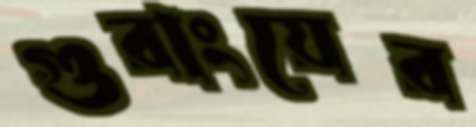
গুরাংয়ের